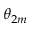
\theta _ { 2 m }